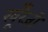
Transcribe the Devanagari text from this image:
खूँरेजी